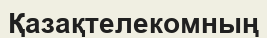
Қазақтелекомның